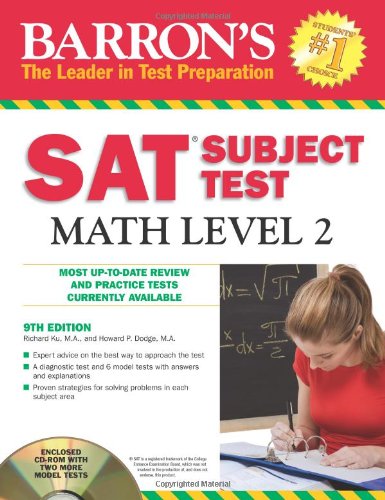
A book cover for Barron's SAT Subject Test Math Level 2 with CD-ROM; Richard Ku M.A.; Test Preparation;